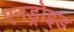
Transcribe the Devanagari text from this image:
एनड्रोइड